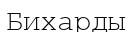
Бихарды